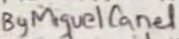
Text: By Miguel Canel